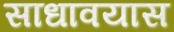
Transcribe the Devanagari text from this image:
साधावयास